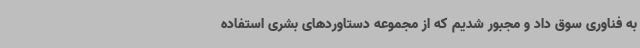
به فناوری سوق داد و مجبور شدیم که از مجموعه دستاوردهای بشری استفاده